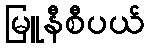
မြူနီစီပယ်